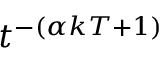
t ^ { - ( \alpha k T + 1 ) }